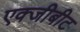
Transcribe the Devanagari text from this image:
एक्जीबीट